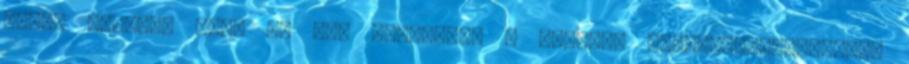
értem Ennyire buta és vak lehettem? - Ennyire szokatlan?-kérdezem